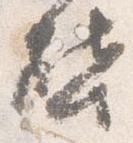
啓